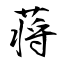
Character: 蒋